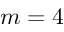
m = 4